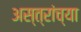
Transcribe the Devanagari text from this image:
अस्त्रांच्या